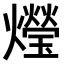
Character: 𤑚